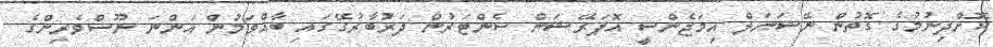
ކޮށްދިނުމުގެ ގޮތުން ނޭޝަނަލް އިމަޖެންސީ އޮޕަރޭޝަން ސެންޓަރުން ދަރުބާރުގޭގައި ބާއްވަމުން އަންނަ ނޫސްވެރިންގެ